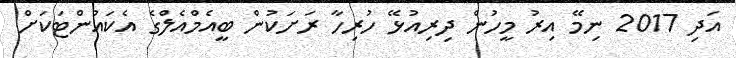
އަދި 2017 ނިމޭ އިރު މީހުން ދިރިއުޅޭ ހުރިހާ ރަށަކުން ބީއެމްއެލްގެ އެކައުންޓަކަށް